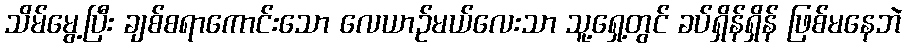
သိမ်မွေ့ပြီး ချစ်စရာကောင်းသော လေယာဉ်မယ်လေးသာ သူ့ရှေ့တွင် ခပ်ရှိန်ရှိန် ဖြစ်မနေဘဲ